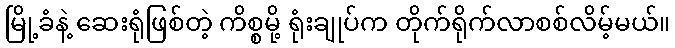
မြို့ခံနဲ့ ဆေးရုံဖြစ်တဲ့ ကိစ္စမို့ ရုံးချုပ်က တိုက်ရိုက်လာစစ်လိမ့်မယ်။